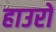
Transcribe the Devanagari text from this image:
हाउरों